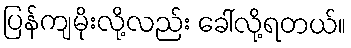
ပြန်ကျမိုးလို့လည်း ခေါ်လို့ရတယ်။